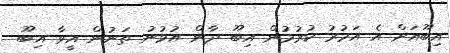
އިބޫއަށް އެ އަމުރު ކުރުމުން އިބޫ ދާން އުޅުނު ތަނުން އީވާ އިބޫ